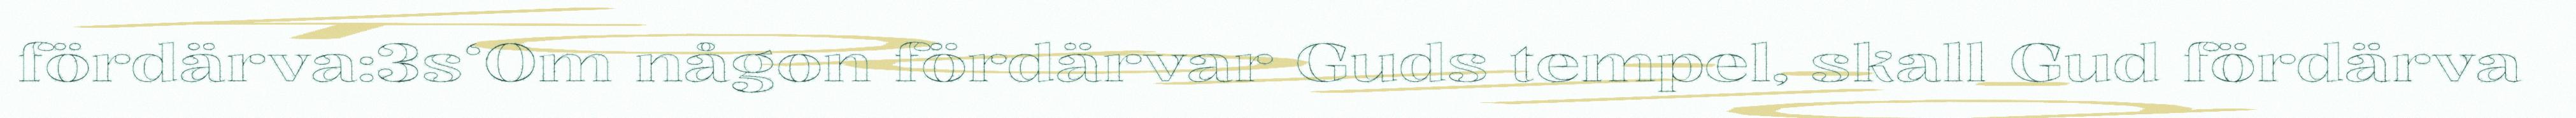
fördärva:3s‘Om någon fördärvar Guds tempel, skall Gud fördärva